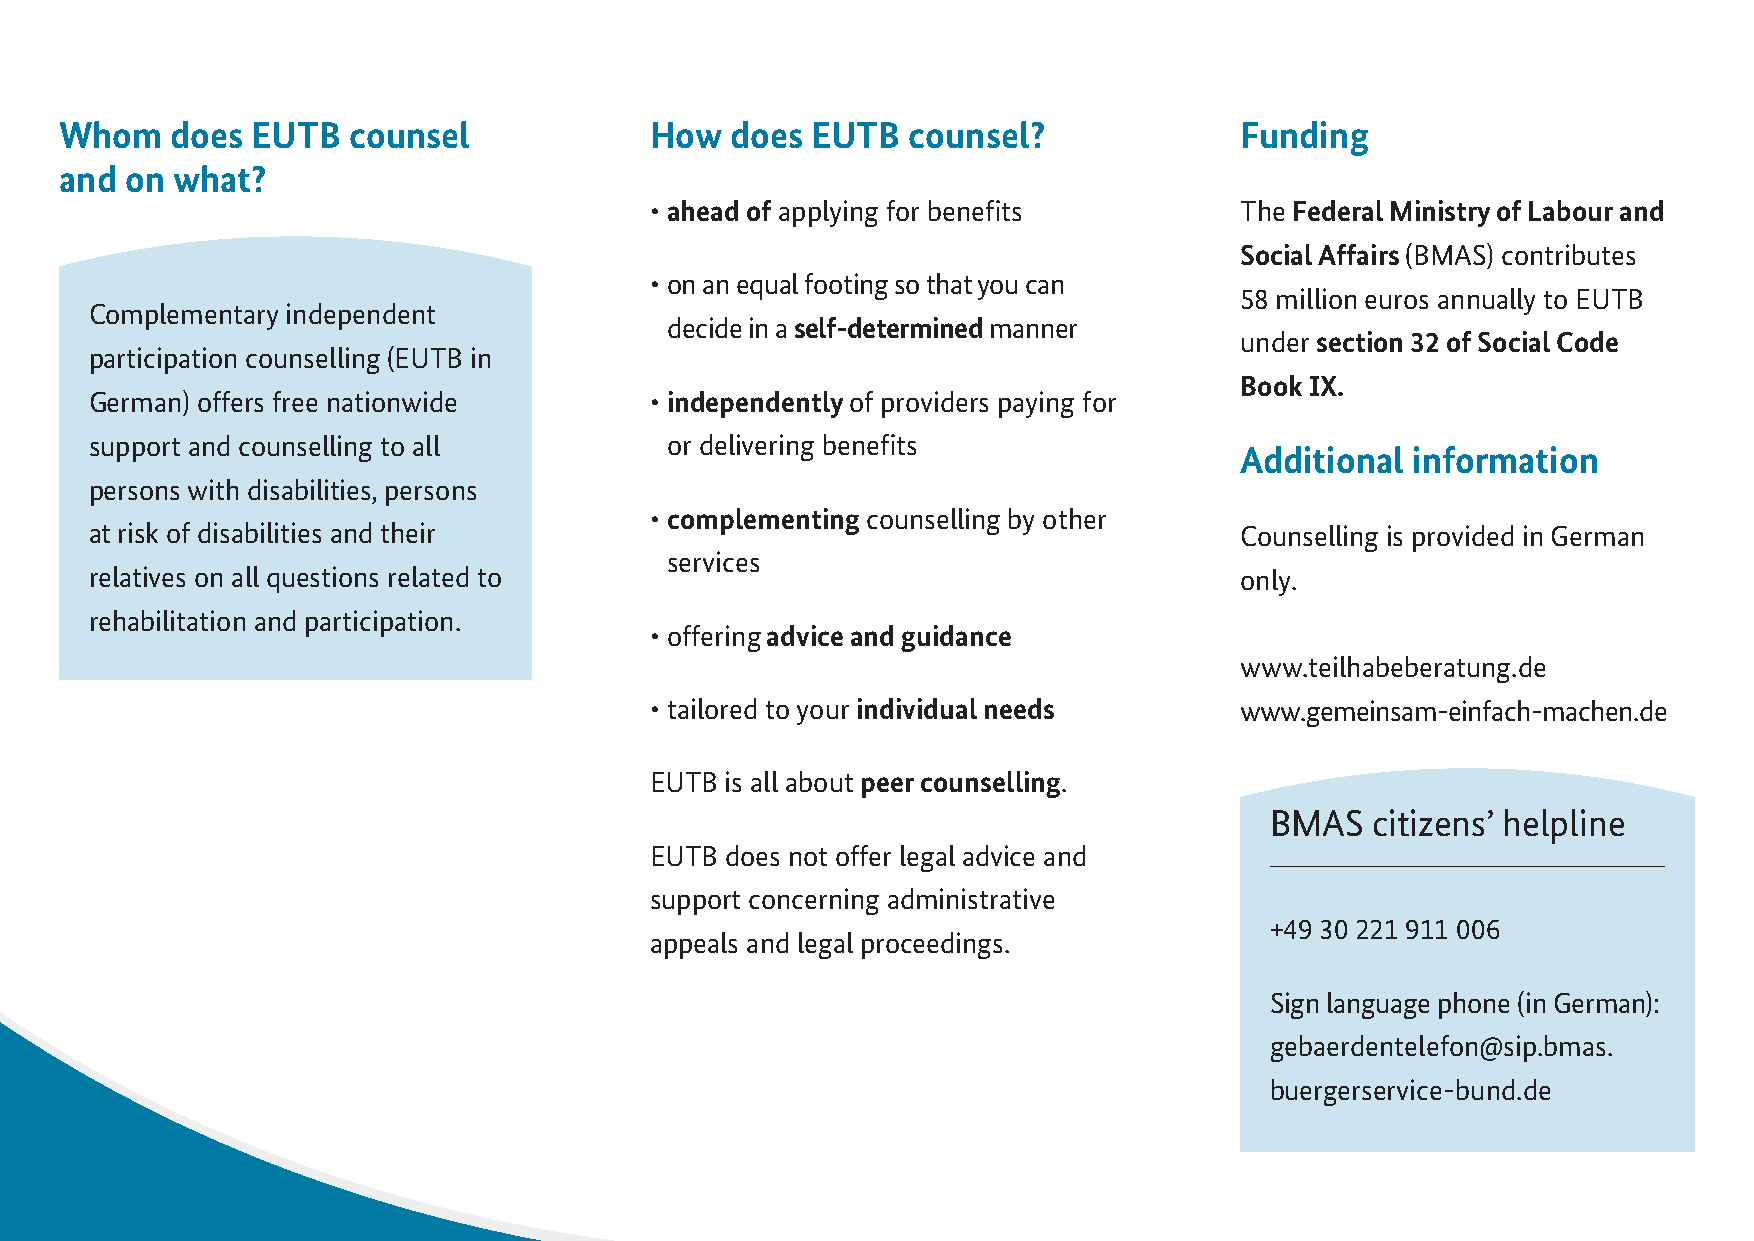
Whom   does  EUTB  counsel             How  does  EUTB  counsel?              Funding
 and on what?
 • ahead of applying for benefits       The Federal Ministry of Labour and
 Social Affairs (BMAS) contributes
 • on an equal footing so that you can
 58 million euros annually to EUTB
 Complementary independent
 decide in a self-determined manner
 under section 32 of Social Code
 participation counselling (EUTB in
 Book IX.
 German) offers free nationwide       • independently of providers paying for
 support and counselling to all        or delivering benefits
 Additional  information
 persons with disabilities, persons
 • complementing counselling by other
 at risk of disabilities and their                                           Counselling is provided in German
 services
 relatives on all questions related to                                       only.
 rehabilitation and participation.
 • offering advice and guidance
 www.teilhabeberatung.de
 • tailored to your individual needs    www.gemeinsam-einfach-machen.de
 EUTB is all about peer counselling.
 BMAS   citizens’ helpline
 EUTB does not offer legal advice and
 support concerning administrative
 +49 30 221 911 006
 appeals and legal proceedings.
 Sign language phone (in German):
 gebaerdentelefon@sip.bmas.
 buergerservice-bund.de